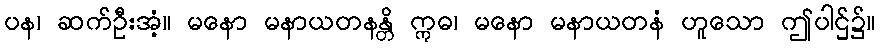
ပန၊ ဆက်ဦးအံ့။ မနော မနာယတနန္တိ ဣဓ၊ မနော မနာယတနံ ဟူသော ဤပါဌ်၌။